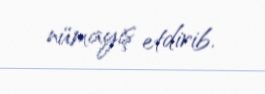
nümayiş etdirib.